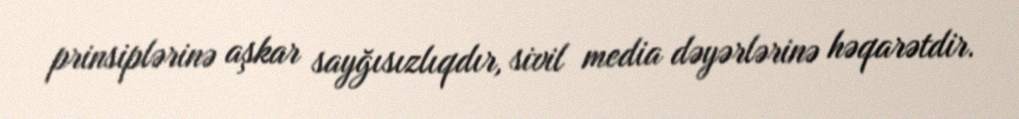
prinsiplərinə aşkar sayğısızlıqdır, sivil media dəyərlərinə həqarətdir.